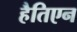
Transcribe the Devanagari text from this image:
हैतिएन